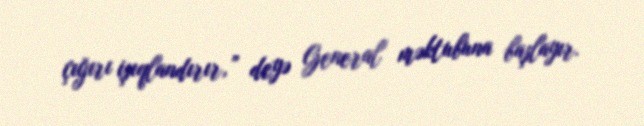
çığırı işıqlandırır,” deyə General məktubuna başlayır.